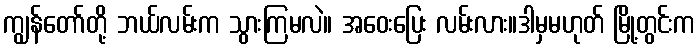
ကျွန်တော်တို့ ဘယ်လမ်းက သွားကြမလဲ။ အဝေးပြေး လမ်းလား။ဒါမှမဟုတ် မြို့တွင်းက